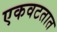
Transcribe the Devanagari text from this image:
एकवटतात